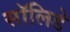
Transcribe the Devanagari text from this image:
सॉलिडे